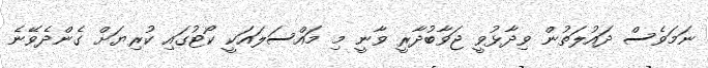
ނަމަވެސް ދައުލަތުން ވިދާޅުވީ ޖަވާބުދާރީ ވާނީ މި މައްސަލައަކީ ކޯޓުގައި ކުރިޔަށް ގެންދެވޭނެ